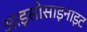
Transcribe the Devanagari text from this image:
आइसोसाइनाइट